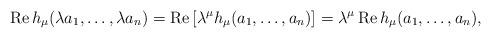
LaTeX: \begin{align*}{\rm Re}\,h_\mu(\lambda a_1, \ldots, \lambda a_n)={\rm Re}\,[\lambda^\mu h_\mu(a_1, \ldots, a_n)]=\lambda^\mu\, {\rm Re}\, h_\mu(a_1, \ldots,a_n),\end{align*}